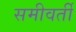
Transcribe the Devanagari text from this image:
समीवर्ती